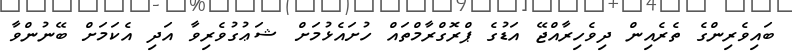
ބައިވެރިންގެ ތެރެއިން ދިވެހިރާއްޖޭ އަޑުގެ ޕްރޮގްރާމްތައް ހުށައެޅުމަށް ޝަޢުގުވެރިވާ އަދި އެކަމަށް ބޭނުންވާ